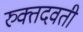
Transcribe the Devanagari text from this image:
रुक्तदवती